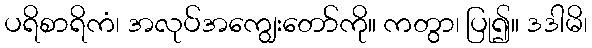
ပရိစာရိကံ၊ အလုပ်အကျွေးတော်ကို။ ကတွာ၊ ပြု၍။ ဒဒါမိ၊